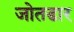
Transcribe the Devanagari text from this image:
जोतडार